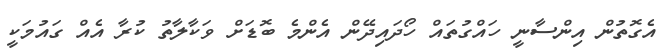
އެގޮތުން އިންސާނީ ހައްގުތައް ހޯދައިދޭން އެންމެ ބޮޑަށް ވަކާލާތު ކުރާ އެއް ގައުމަކީ